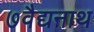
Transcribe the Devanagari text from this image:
७वैद्यनाथ